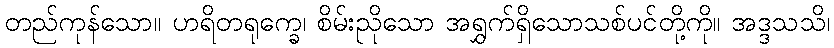
တည်ကုန်သော။ ဟရိတရုက္ခေ၊ စိမ်းညိုသော အရွှက်ရှိသောသစ်ပင်တို့ကို။ အဒ္ဒသသိ၊